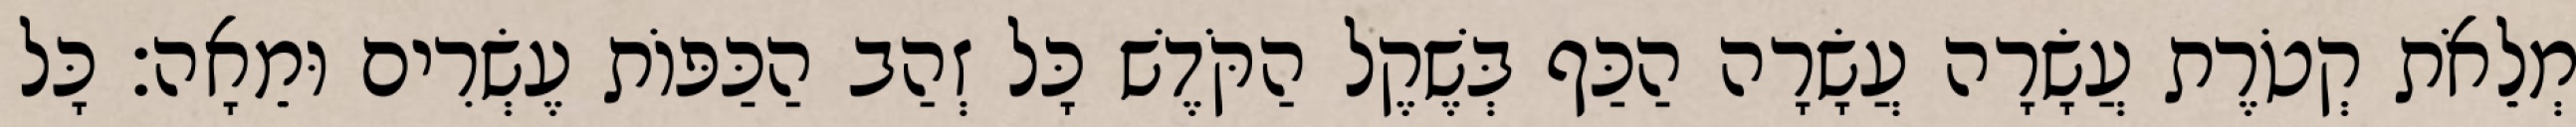
מְלֵאֹת קְטֹרֶת עֲשָׂרָה עֲשָׂרָה הַכַּף בְּשֶׁקֶל הַקֹּדֶשׁ כָּל זְהַב הַכַּפּוֹת עֶשְׂרִים וּמֵאָה׃ כָּל